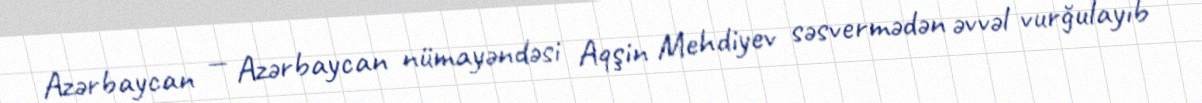
Azərbaycan — Azərbaycan nümayəndəsi Aqşin Mehdiyev səsvermədən əvvəl vurğulayıb